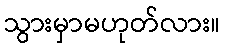
သွားမှာမဟုတ်လား။